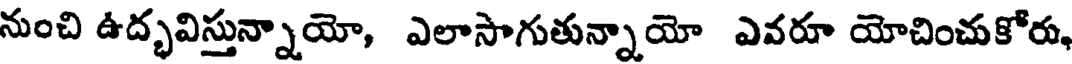
నుంచి ఉద్భవిస్తున్నాయో, ఎలాసాగుతున్నాయో ఎవరూ యోచించుకోరు,